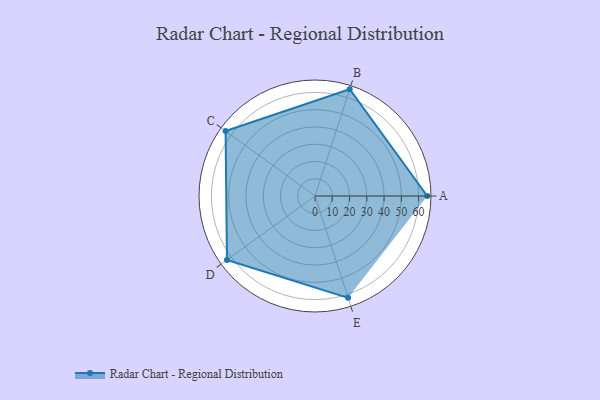
{"axis": {"x": "Skill", "y": "Score"}, "legend": ["Profile"], "data": [{"x": "A", "y": 65.0, "type": "Profile"}, {"x": "B", "y": 65.0, "type": "Profile"}, {"x": "C", "y": 64.0, "type": "Profile"}, {"x": "D", "y": 63.0, "type": "Profile"}, {"x": "E", "y": 62.0, "type": "Profile"}]}